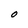
Character: O